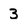
Character: 3